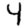
Digit: 4